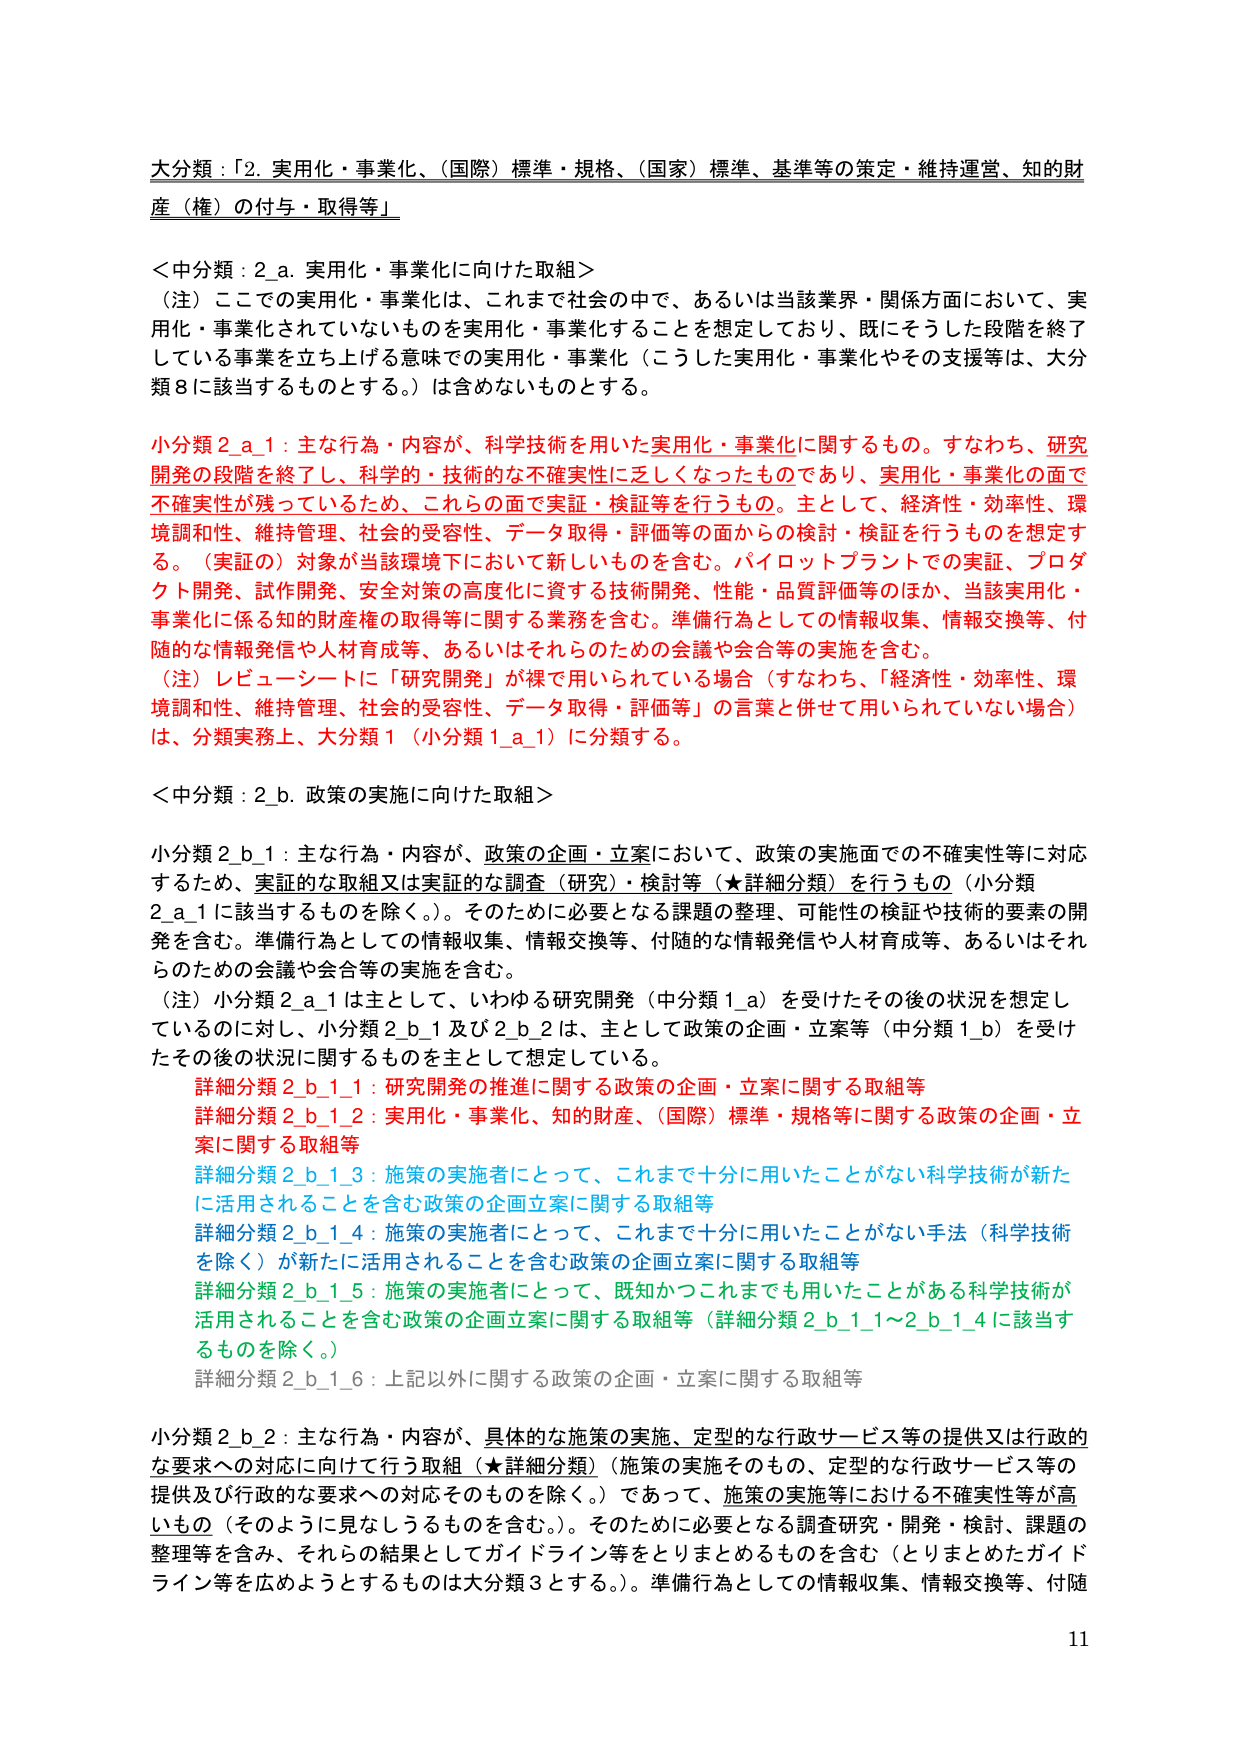
大分類：「2. 実用化・事業化、（国際）標準・規格、（国家）標準、基準等の策定・維持運営、知的財産（権）の付与・取得等」

＜中分類：2_a. 実用化・事業化に向けた取組＞
（注）ここでの実用化・事業化は、これまで社会の中で、あるいは当該業界・関係方面において、実用化・事業化されていないものを実用化・事業化することを想定しており、既にそうした段階を終了している事業を立ち上げる意味での実用化・事業化（こうした実用化・事業化やその支援等は、大分類8に該当するものとする。）は含めないものとする。

小分類 2_a_1：主な行為・内容が、科学技術を用いた実用化・事業化に関するもの。すなわち、研究開発の段階を終了し、科学的・技術的な不確実性に乏しくなったものであり、実用化・事業化の面で不確実性が残っているため、これらの面で実証・検証等を行うもの。主として、経済性・効率性、環境調和性、維持管理、社会的受容性、データ取得・評価等の面からの検討・検証を行うものを想定する。（実証の）対象が当該環境下において新しいものを含む。パイロットプラントでの実証、プロダクト開発、試作開発、安全対策の高度化に資する技術開発、性能・品質評価等のほか、当該実用化・事業化に係る知的財産権の取得等に関する業務を含む。準備行為としての情報収集、情報交換等、付随的な情報発信や人材育成等、あるいはそれらのための会議や会合等の実施を含む。
（注）レビュー・シートに「研究開発」が裸で用いられている場合（すなわち、「経済性・効率性、環境調和性、維持管理、社会的受容性、データ取得・評価等」の言葉と併せて用いられていない場合）は、分類実務上、大分類1（小分類1_a_1）に分類する。

＜中分類：2_b. 政策の実施に向けた取組＞
小分類 2_b_1：主な行為・内容が、政策の企画・立案において、政策の実施面での不確実性等に対応するため、実証的な取組又は実証的な調査（研究）・検討等（★詳細分類）を行うもの（小分類2_a_1に該当するものを除く。）。そのために必要となる課題の整理、可能性の検証や技術的要素の開発を含む。準備行為としての情報収集、情報交換等、付随的な情報発信や人材育成等、あるいはそれらのための会議や会合等の実施を含む。
（注）小分類2_a_1は主として、いわゆる研究開発（中分類1_a）を受けたその後の状況を想定しているのに対し、小分類2_b_1及び2_b_2は、主として政策の企画・立案等（中分類1_b）を受けたその後の状況に関するものを主として想定している。

　詳細分類 2_b_1_1：研究開発の推進に関する政策の企画・立案に関する取組等
　詳細分類 2_b_1_2：実用化・事業化、知的財産、（国際）標準・規格等に関する政策の企画・立案に関する取組等
　詳細分類 2_b_1_3：施策の実施者にとって、これまで十分に用いたことがない科学技術が新たに活用されることを含む政策の企画立案に関する取組等
　詳細分類 2_b_1_4：施策の実施者にとって、これまで十分に用いたことがない手法（科学技術を除く）が新たに活用されることを含む政策の企画立案に関する取組等
　詳細分類 2_b_1_5：施策の実施者にとって、既知かつこれまでも用いたことがある科学技術が活用されることを含む政策の企画立案に関する取組等（詳細分類2_b_1_1～2_b_1_4に該当するものを除く。）
　詳細分類 2_b_1_6：上記以外に関する政策の企画・立案に関する取組等

小分類 2_b_2：主な行為・内容が、具体的な施策の実施、定型的な行政サービス等の提供又は行政的な要求への対応に向けて行う取組（★詳細分類）（施策の実施そのもの、定型的な行政サービス等の提供及び行政的な要求への対応そのものを除く。）であって、施策の実施等における不確実性等が高いもの（そのように見なしうるものを含む。）。そのために必要となる調査研究・開発・検討、課題の整理等を含み、それらの結果としてガイドライン等をとりまとめるものを含む（とりまとめたガイドライン等を広めようとするものは大分類3とする。）。準備行為としての情報収集、情報交換等、付随

11